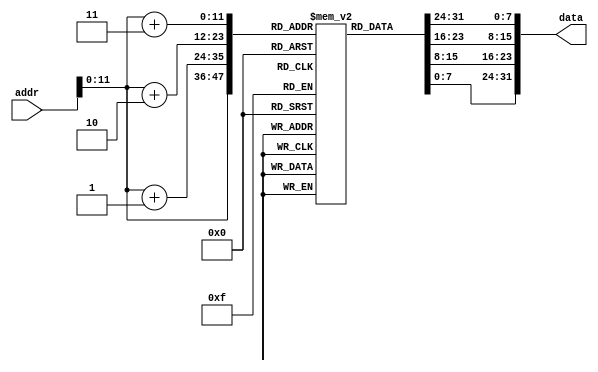
`timescale 1ns / 1ps
//////////////////////////////////////////////////////////////////////////////////
// Company: 
// Engineer: 
// 
// Design Name: 
// Module Name: IM
// Project Name: 
// Target Devices: 
// Tool Versions: 
// Description: 
// 
// Dependencies: 
// 
// Revision:
// Revision 0.01 - File Created
// Additional Comments:
// 
//////////////////////////////////////////////////////////////////////////////////

//32
module IM(addr,data);//
      input [31:0] addr; //pc,
      output reg [31:0] data; //
      
      reg [7:0] im [4095:0];  // 
           
    always @(*)
        begin//
         data[7:0]=im[addr];
         data[15:8]=im[addr+1];
         data[23:16]=im[addr+2];
         data[31:24]=im[addr+3];
        end
        
endmodule